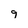
Character: g